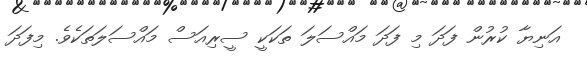
އަނިޔާ ކުރުން ފަދަ މި ފަދަ މައްސަލަ ތަކަކީ ސީރިއަސް މައްސަލަތަކެވެ. މިފަދަ